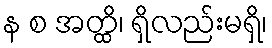
န စ အတ္ထိ၊ ရှိလည်းမရှိ၊